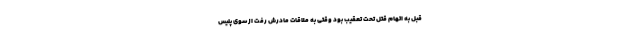
قبل به اتهام قتل تحت تعقیب بود وقتی به ملاقات مادرش رفت از سوی پلیس